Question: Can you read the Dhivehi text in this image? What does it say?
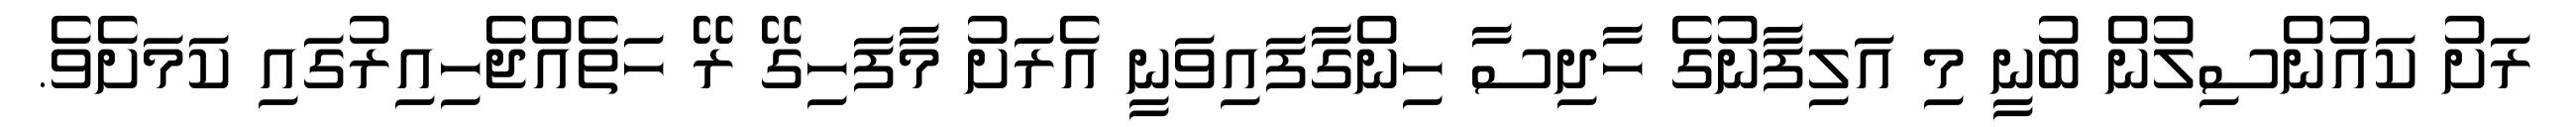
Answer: ރަށު ކައުންސިލުން ބުނީ މި އަލިފާނުގެ ހާދިސާ ހިންގާފައިވަނީ އެރަށު މާފަހިގޭ ރޭ ހަތެއްޖެހިއިރުގައި ކަމަށެވެ.